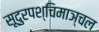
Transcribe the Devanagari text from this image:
सूदुरपश्चिमाञ्चल